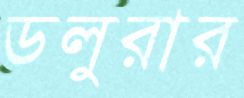
ডলুরার